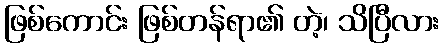
ဖြစ်ကောင်း ဖြစ်တန်ရာ၏ တဲ့၊ သိပြီလား